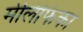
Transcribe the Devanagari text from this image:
मेलिफिका